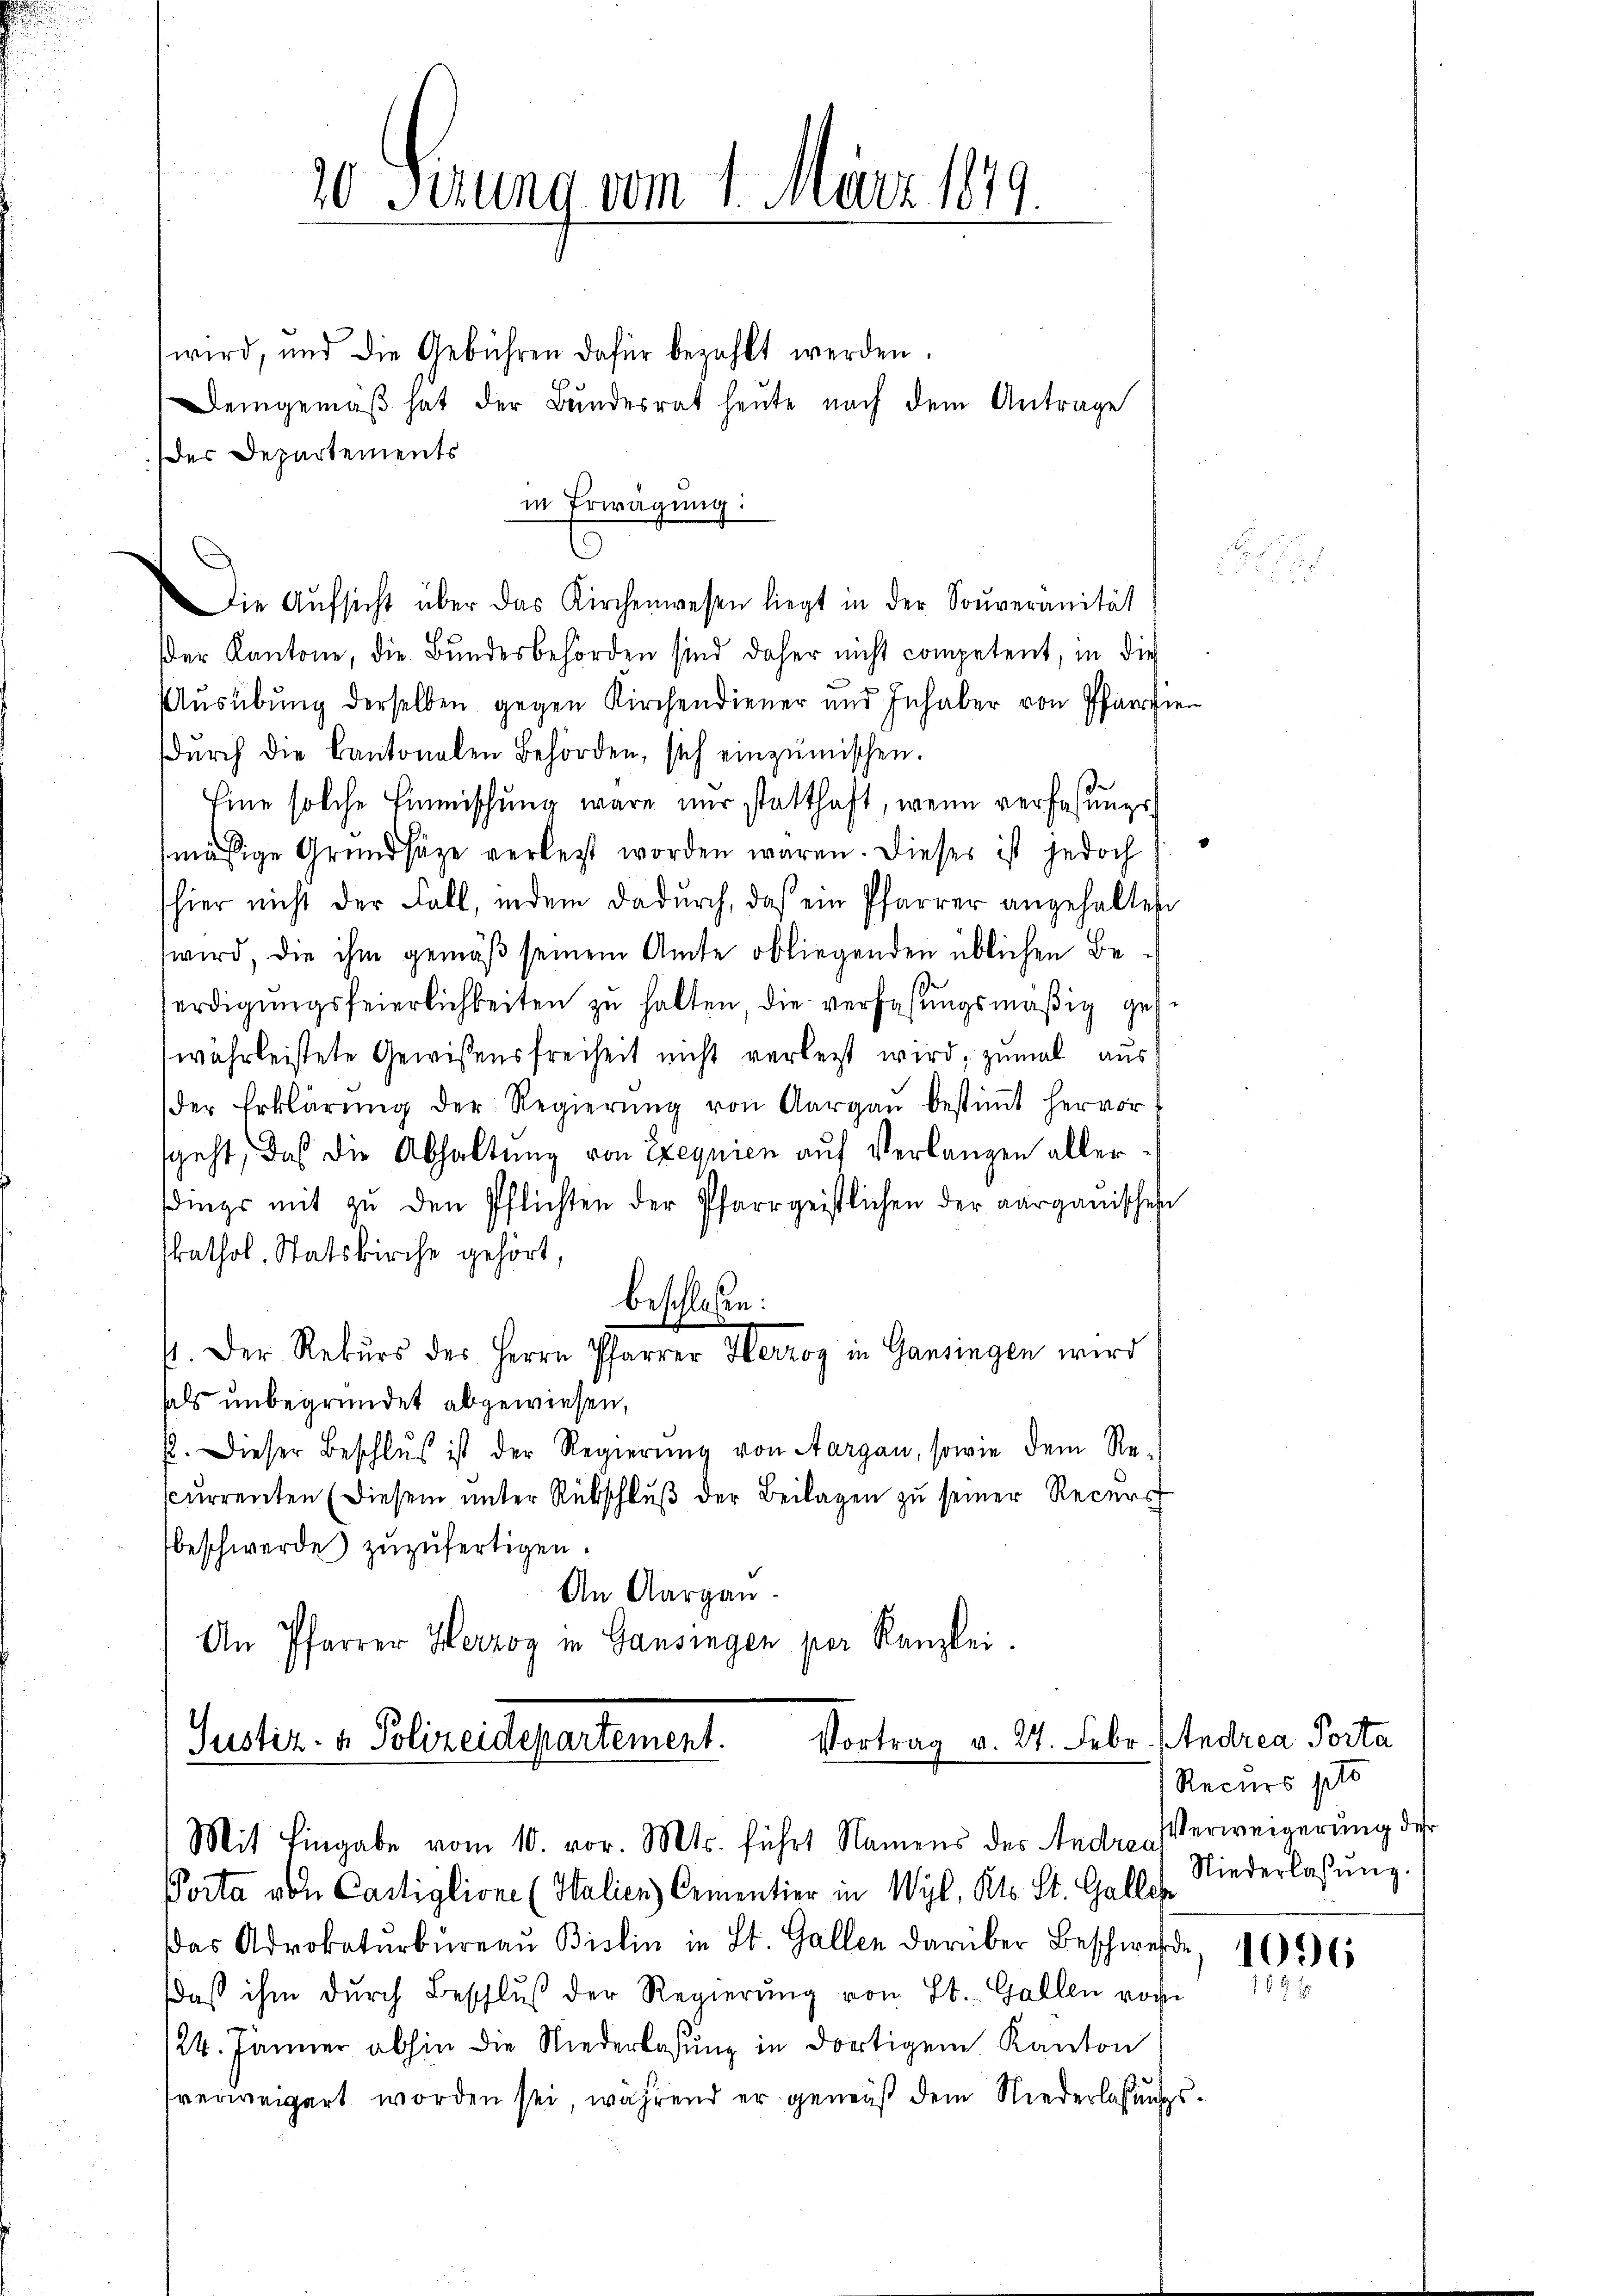
wird, und die Gebühren dafür bezahlt werden.
Demgemäß hat der Bundesrat heute nach dem Antrage
des Departements
in Erwägung:
der Kantone, die Bundesbehörden sind daher nicht competent, in die
Ausübung derselben gegen Kirchendiener und Inhaber von Pfarrzie
dŭrch die Cantonalen Behörden, sich einzumischen.
Eine solche Einmischung wäre nur statthaft, wenn verfaßungsmäsige Grundsätze verlegt worden waren. Dieses ist jedoch
shier nicht der Fall, indem dadurch, daß ein Pfarrer angehalten
wird, die ihm gemäß seinem Amte obliegenden üblichen Beerdigungsfeierlichkeiten zu halten, die verfaßungsmäßig geswährleistete Gewissensfreiheit nicht verlegt wird, zumal aus
der Erklärŭng der Regierŭng von Aargaŭ bestiṁt hervor.
sgeht, daß die Abhaltung von Exequien auf Verlangen allerdings mit zŭ den Pflichten der Pfarrgeistlichen der aarganischen
kathol. Statskirche gehört,
beschloßen:
¬
st. Der Rekurs des Herrn Pfarrer Herzog in Gansingen wird
aals unbegründet abgewiesen,
p. Dieser Beschlŭβ ist der Regierŭng von Aargau, sowie dem Re-
currenten (Diesem unter Rückschlŭβ der Beilagen zu seiner Recurr
beschwerde zuzufertigen.
An Aargau.
An Pfarrer Herzog in Gansingen per Kanzlei.
Vortrag v. 24. Febr. (Andrea Porta
Justiz u. Polizeidepartement.

20 Serung vom 1. März 1879.

.
Die Aŭfsicht über das Kirchenwesen liegt in der Souveranität

Mit Eingabe vom 10. vor. Mts. führt Namens des Andre Verweigerung des

Porta von Castiglione (Halicy) Cementier in Wyl, Kts. St. Galler
das Advokaturbüreaŭ Bislin in St. Gallen darüber Beschwerde.
daß ihm durch Beschlŭβ der Regierŭng von St. Gallen vor
124. Jänner abhin die Niederlassŭng in dortigem Kanton
sverweigert worden sei, während er genaus dem Niederlassungs¬

Recurs pto
Niederlassŭng.

1096